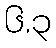
၆.၃